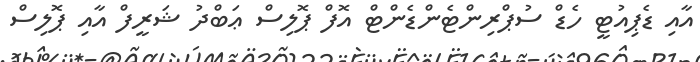
އާއި ޑެޕިއުޓީ ހެޑް ސުޕްރިންޓެންޑެންޓް އޮފް ޕޮލިސް ޢަބްދު ޝަރީފް އާއި ޕޮލިސް